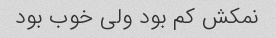
نمکش کم بود ولی خوب بود